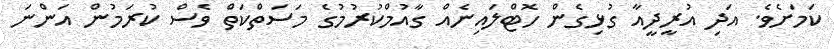
ކަމަށެވެ. އަދި އުރީދީއާ ގުޅިގެން ހޮޓްލައިނެއް ގާއުމްކުރުމުގެ މަސަތްކަތް ވެސް ކުރަމުން އަންނަ